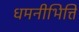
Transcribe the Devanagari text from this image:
धमनीभित्ति